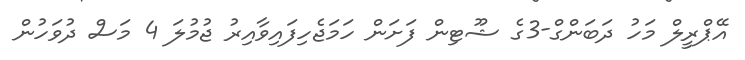
އޭޕްރީލް މަހު ދަބަންގް-3ގެ ޝޫޓިން ފަށަން ހަމަޖެހިފައިވާއިރު ޖުމުލަ 4 މަސް ދުވަހުން